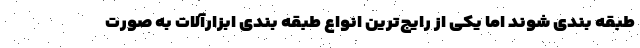
طبقه بندی شوند اما یکی از رایج‌ترین انواع طبقه بندی ابزارآلات به صورت